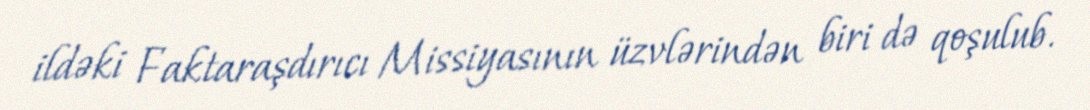
ildəki Faktaraşdırıcı Missiyasının üzvlərindən biri də qoşulub.